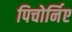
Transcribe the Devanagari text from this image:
पिचोर्निए